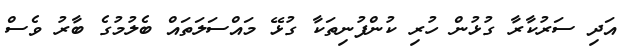
އަދި ސަރުކާރާ ގުޅުން ހުރި ކުންފުނިތަކާ ގުޅޭ މައްސަލަތައް ބެލުމުގެ ބާރު ވެސް